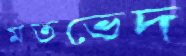
মতভেদ